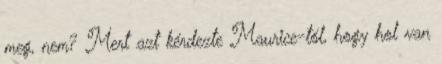
meg, nem? Mert azt kérdezte Maurice-tól, hogy hol van